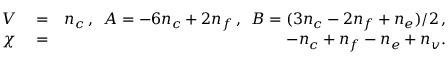
\begin{array} { r l r } { V } & { { } = } & { n _ { c } \, , \, \, \, A = - 6 n _ { c } + 2 n _ { f } \, , \, \, \, B = ( 3 n _ { c } - 2 n _ { f } + n _ { e } ) / 2 \, , } \\ { \chi } & { { } = } & { - n _ { c } + n _ { f } - n _ { e } + n _ { v } . } \end{array}